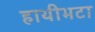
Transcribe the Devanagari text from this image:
हाथीभटा